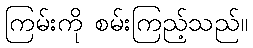
ကြမ်းကို စမ်းကြည့်သည်။